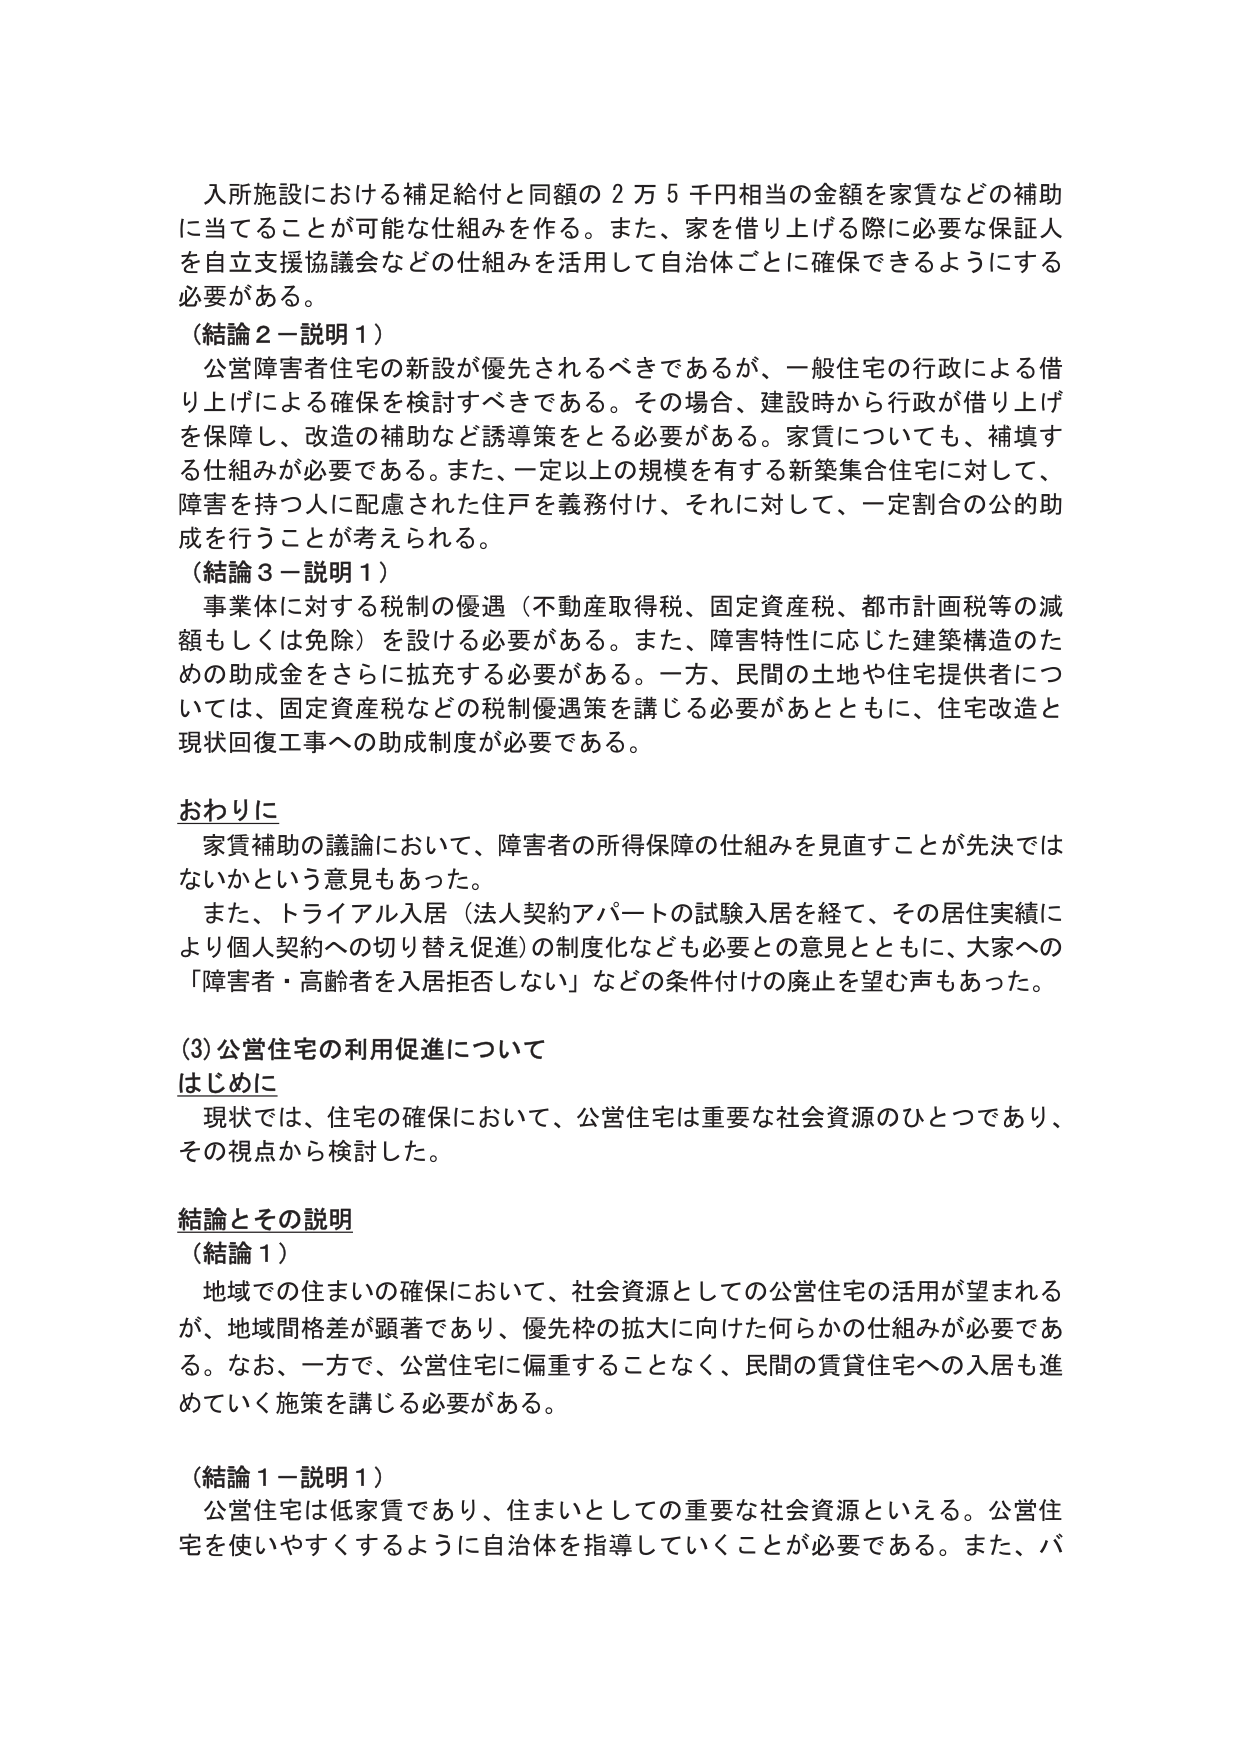
入所施設における補足給付と同額の２万５千円相当の金額を家賃などの補助に当てることが可能な仕組みを作る。また、家を借り上げる際に必要な保証人を自立支援協議会などの仕組みを活用して自治体ごとに確保できるようにする必要がある。

（結論２－説明１）
公営障害者住宅の新設が優先されるべきであるが、一般住宅の行政による借り上げによる確保を検討すべきである。その場合、建設時から行政が借り上げを保障し、改造の補助など誘導策をとる必要がある。家賃についても、補填する仕組みが必要である。また、一定以上の規模を有する新築集合住宅に対して、障害を持つ人に配慮された住戸を義務付け、それに対して、一定割合の公的助成を行うことが考えられる。

（結論３－説明１）
事業体に対する税制の優遇（不動産取得税、固定資産税、都市計画税等の減額もしくは免除）を設ける必要がある。また、障害特性に応じた建築構造のための助成金をさらに拡充する必要がある。一方、民間の土地や住宅提供者については、固定資産税などの税制優遇策を講じる必要があとともに、住宅改造と現状回復工事への助成制度が必要である。

おわりに
家賃補助の議論において、障害者の所得保障の仕組みを見直すことが先決ではないかという意見もあった。
また、トライアル入居（法人契約アパートの試験入居を経て、その居住実績により個人契約への切り替え促進）の制度化なども必要との意見とともに、大家への「障害者・高齢者を入居拒否しない」などの条件付けの廃止を望む声もあった。

(3)公営住宅の利用促進について
はじめに
現状では、住宅の確保において、公営住宅は重要な社会資源のひとつであり、その視点から検討した。

結論とその説明
（結論１）
地域での住まいの確保において、社会資源としての公営住宅の活用が望まれるが、地域間格差が顕著であり、優先枠の拡大に向けた何らかの仕組みが必要である。なお、一方で、公営住宅に偏重することなく、民間の賃貸住宅への入居も進めていく施策を講じる必要がある。

（結論１－説明１）
公営住宅は低家賃であり、住まいとしての重要な社会資源といえる。公営住宅を使いやすくするように自治体を指導していくことが必要である。また、バ